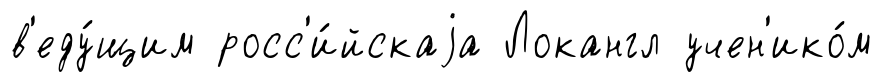
в'еду́щим росс'и́йскаjа Локангл учен'ико́м